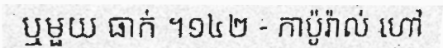
ឬមួយ ធាក់ ។១៤២ - កាប៉ូរ៉ាល់ ហៅ